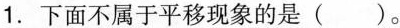
1.下面不属于平移现象的是( )。